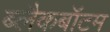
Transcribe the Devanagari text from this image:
ब्लैकबॉटम